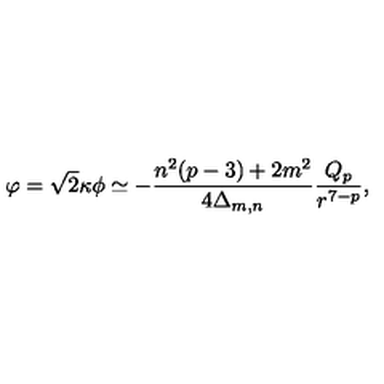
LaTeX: \varphi = \sqrt { 2 } \kappa \phi \simeq - \frac { n ^ { 2 } ( p - 3 ) + 2 m ^ { 2 } } { 4 \Delta _ { m , n } } \frac { Q _ { p } } { r ^ { 7 - p } } ,